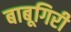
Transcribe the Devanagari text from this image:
बाबूगिरी